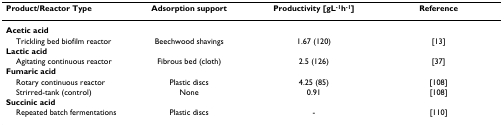
<table><thead><tr><td><b>Product/Reactor Type</b></td><td><b>Adsorption support</b></td><td><b>Productivity [gL<sup>-1</sup>h<sup>-1</sup>]</b></td><td><b>Reference</b></td></tr></thead><tbody><tr><td><b>Acetic acid</b></td><td></td><td></td><td></td></tr><tr><td> Trickling bed biofilm reactor</td><td>Beechwood shavings</td><td>1.67 (120)</td><td>[13]</td></tr><tr><td><b>Lactic acid</b></td><td></td><td></td><td></td></tr><tr><td> Agitating continuous reactor</td><td>Fibrous bed (cloth)</td><td>2.5 (126)</td><td>[37]</td></tr><tr><td><b>Fumaric acid</b></td><td></td><td></td><td></td></tr><tr><td> Rotary continuous reactor</td><td>Plastic discs</td><td>4.25 (85)</td><td>[108]</td></tr><tr><td> Strirred-tank (control)</td><td>None</td><td>0.91</td><td>[108]</td></tr><tr><td><b>Succinic acid</b></td><td></td><td></td><td></td></tr><tr><td> Repeated batch fermentations</td><td>Plastic discs</td><td>-</td><td>[110]</td></tr></tbody></table>